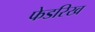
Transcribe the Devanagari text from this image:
फेडरिख